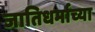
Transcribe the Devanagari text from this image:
जातिधर्माच्या